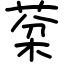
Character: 棻